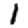
Digit: 1